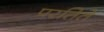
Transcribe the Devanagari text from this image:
परतिते